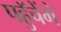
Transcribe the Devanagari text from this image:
पहुॅचेंगे